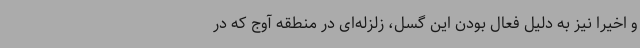
و اخیرا نیز به دلیل فعال بودن این گسل، زلزله‌ای در منطقه آوج که در